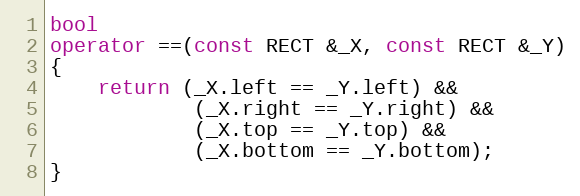
Language: C++
bool
operator ==(const RECT &_X, const RECT &_Y)
{
	return (_X.left == _Y.left) &&
			(_X.right == _Y.right) &&
			(_X.top == _Y.top) &&
			(_X.bottom == _Y.bottom);
}